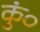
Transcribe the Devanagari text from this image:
कुं०